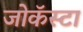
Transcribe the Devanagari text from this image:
जोकॅस्टा